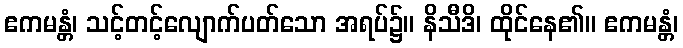
ဧကမန္တံ၊ သင့်တင့်လျောက်ပတ်သော အရပ်၌။ နိသီဒိ၊ ထိုင်နေ၏။ ဧကမန္တံ၊